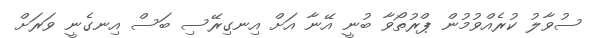
ސުވާލު ކުރެއްވުމުން ޕްރުތޯވާ ބުނީ އޭނާ އަށް އިނގިރޭސި ބަސް އިނގެނީ ވަރަށް